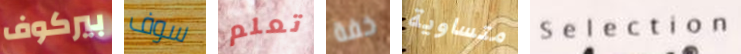
بيركوف سوف تعلم خفة متساوية Selection